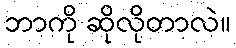
ဘာကို ဆိုလိုတာလဲ။